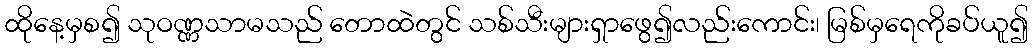
ထိုနေ့မှစ၍ သုဝဏ္ဏသာမသည် တောထဲတွင် သစ်သီးများရှာဖွေ၍လည်းကောင်း၊ မြစ်မှရေကိုခပ်ယူ၍